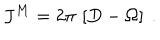
J ^ { M } = 2 \pi \, \left[ D - \Omega \right] \ .